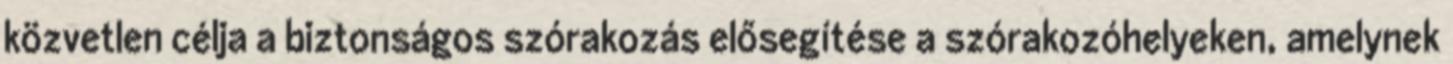
közvetlen célja a biztonságos szórakozás elősegítése a szórakozóhelyeken, amelynek